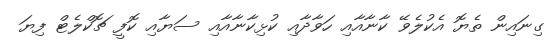
ގިނައިން ތެޔޮ އެކުލެވޭ ކާނާއާއި ހަވާދާއި ކުޅިކާނާއާއި ސަޔާއި ކޮފީ ޗޮކްލެޓް ފިޔަ